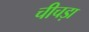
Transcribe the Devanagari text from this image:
चीचड़ा